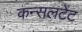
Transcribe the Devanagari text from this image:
कन्सलटेंट